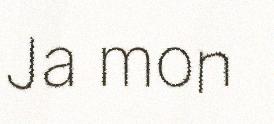
Ja mon